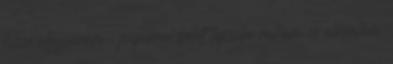
kissé átgyúrom , papirral bélelt tepsibe rakom és elősütöm